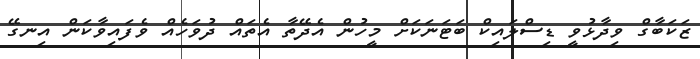
ޒަކަބާގް ވިދާޅުވީ ޑިސްލައިކް ބަޓަނަކަށް މީހުން އެދޭތާ އެތައް ދުވަހެއް ވެފައިވާކަން އިނގޭ